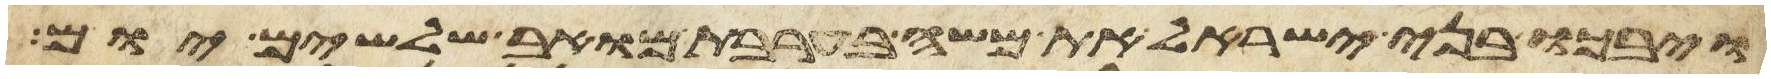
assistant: ויבכו בני ישראל את משה בערבת מואב שלשים יום